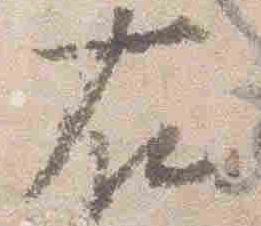
右